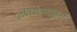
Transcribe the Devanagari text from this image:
इरिन्नालाक्कुता